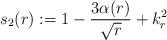
LaTeX: \begin{align*}s_2(r):=1-\frac{3\alpha(r)}{\sqrt{r}}+k_r^2\end{align*}